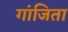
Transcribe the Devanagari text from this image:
गांजिता